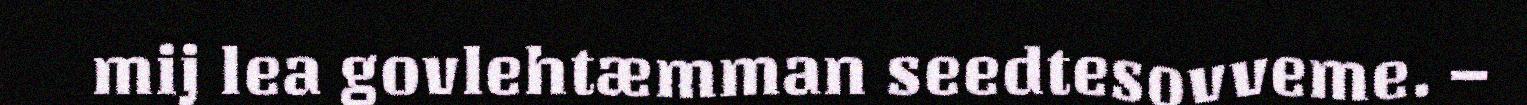
mij lea govlehtæmman seedtesovveme. –